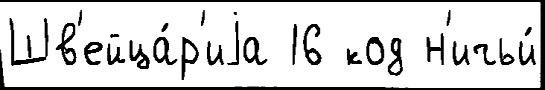
Шв'ейца́р'иjа 16 код н'ичьи́